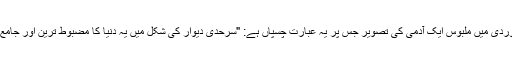
صدر ٹرمپ اور وردی میں ملبوس ایک آدمی کی تصویر جس پر یہ عبارت چسپاں ہے: "سرحدی دیوار کی شکل میں یہ دنیا کا مضبوط ترین اور جامع ترین ڈھانچہ ہے۔